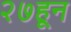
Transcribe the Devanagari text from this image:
२७हून